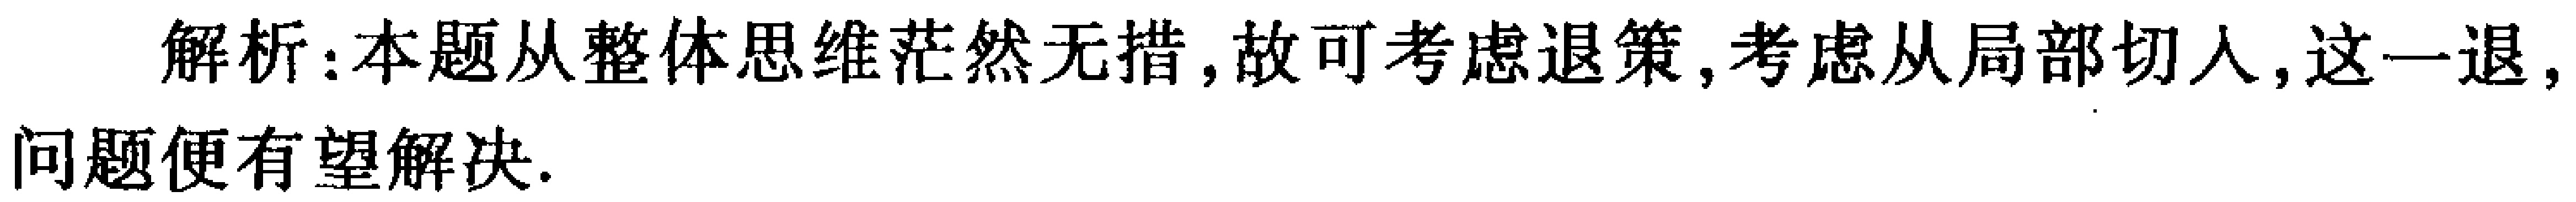
解析：本题从整体思维茫然无措，故可考虑退策，考虑从局部切入，这一退，问题便有望解决.